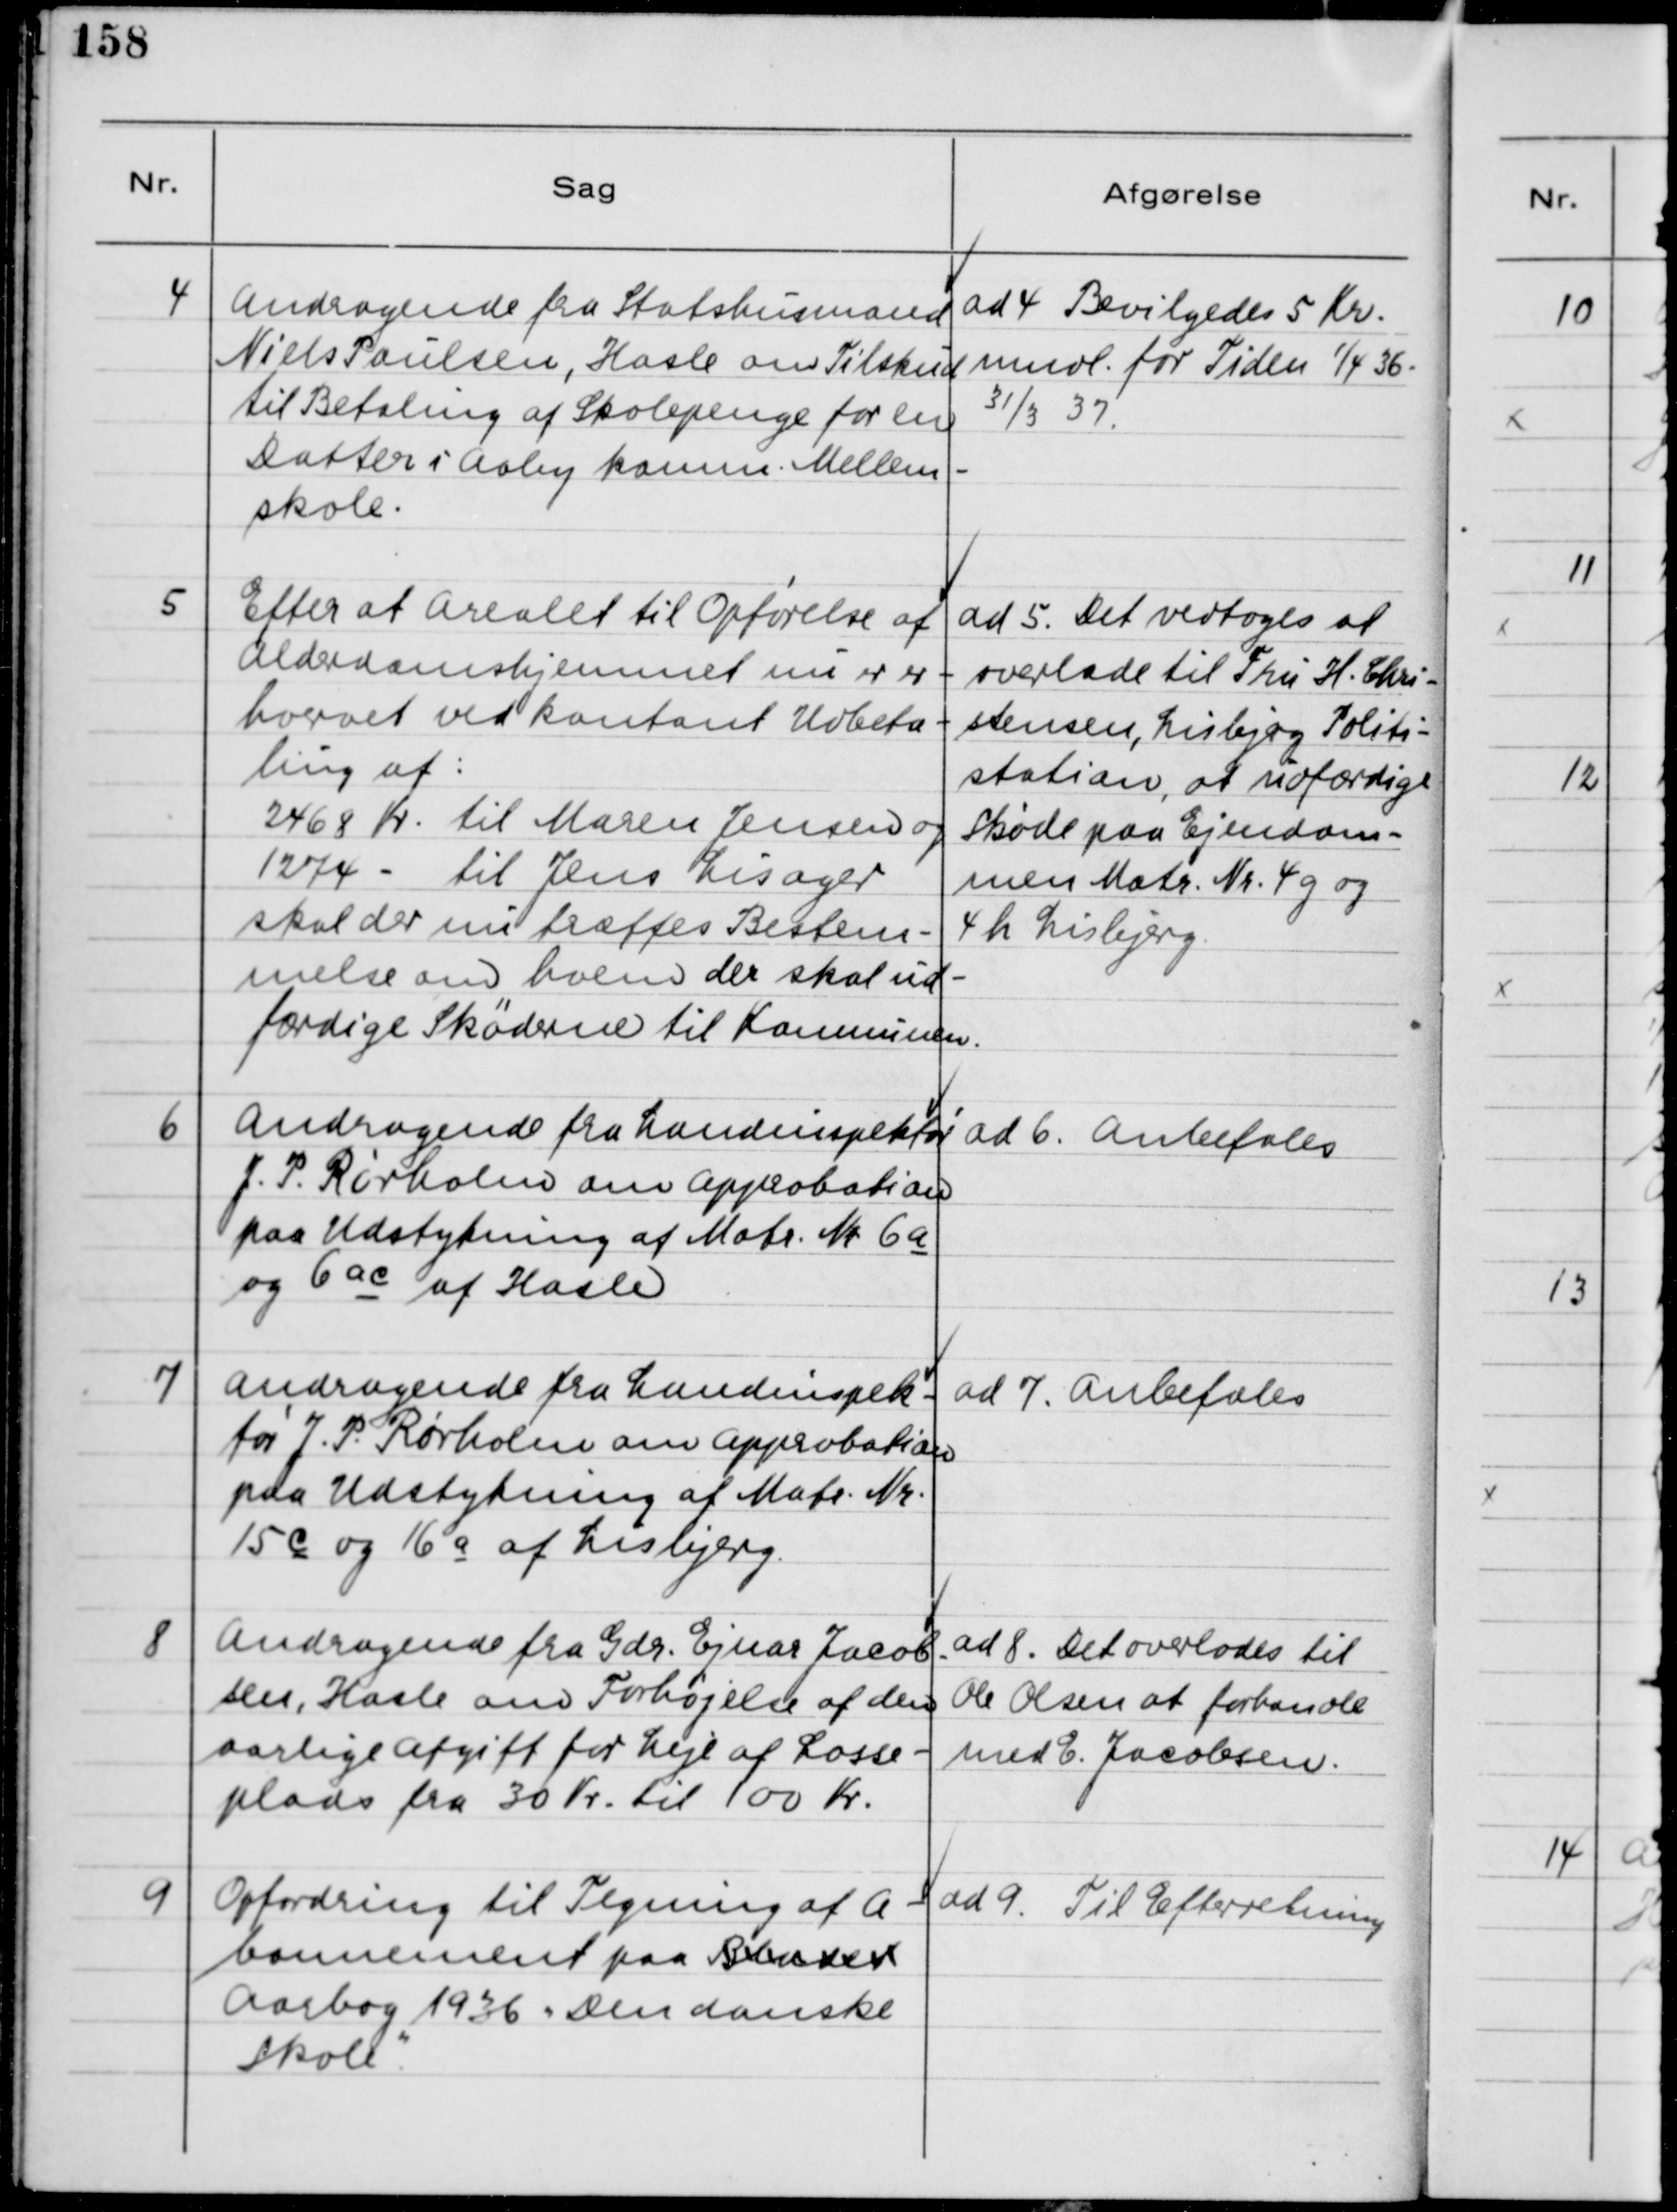
Transskription:
4
Andragende fra Statshusmand
Niels Poulsen, Hasle om Tilskud
til Betaling af Skolepenge for en
Datter i Aaby komm. Mellem-
skole.
ad 4 Bevilgedes 5 Kr.
medl. for Tiden 1/4 36-
31/3 37.
5
Efter at Arealet til Opførelse af
Alderdomshjemmet nu er er-
hvervet ved kontant Udbeta-
ling af:
2468 Kr. til Maren Jensen og
1274 - til Jens Lisager
skal der nu træffes Bestem-
melse om hvem der skal ud-
færdige Skøderne til Kommunen.
ad 5. Det vedtoges at
overlade til Fru H. Chri-
stensen, Lisbjerg Politi-
station, at udfærdige
Skøde paa Ejendom-
men Matr. Nr. 4g og
4h Lisbjerg
6
Andragende fra Landinspektør
J.P. Rørholm om Approbation
paa Udstykning af Matr. Nr. 6a
og 6ac af Hasle.
ad 6. Anbefales
7
Andragende fra Landinspek-
tør J.P. Rørholm om Approbation
paa Udstykning af Matr. Nr.
15c og 16 aaf Lisbjerg
ad 7 Anbefales
8
Andragende fra Gdr. Ejnar Jacob-
sen, Hasle om Forhøjelse af den
aarlige Afgift for Leje af Losse-
plads fra 30 Kr. til 100 Kr.
ad 8. Det overlodes til
Ole Olsen at forhandle
med E. Jacobsen.
9
Opfordring til Tegning af A-
bonnement paa Bladet
Aarbog 1936 ,,Den danske
Skole"
ad 9 Til Efterretning